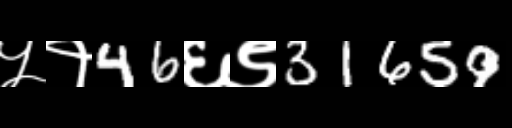
Text: ५१46६९31659